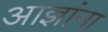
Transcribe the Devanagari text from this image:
आज्ञांना